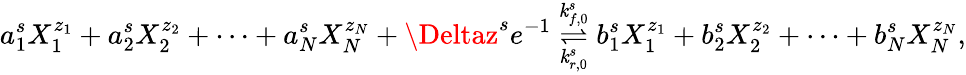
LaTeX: a_{1}^{s}X_{1}^{z_{1}}+a_{2}^{s}X_{2}^{z_{2}}+\cdots+a_{N}^{s}X_{N}^{z_{N}}+\Deltaz^{s}e^{-1}\overset{\mathit{k}_{f,0}^{s}}{\underset{\mathit{k}_{r,0}^{s}}{\rightleftharpoons}}b_{1}^{s}X_{1}^{z_{1}}+b_{2}^{s}X_{2}^{z_{2}}+\cdots+b_{N}^{s}X_{N}^{z_{N}},